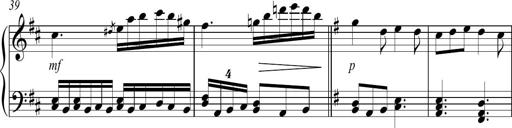
Title: Sonatina no. 2
Composer: Brian Henderson-Sellers
Key: G major